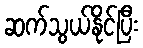
ဆက်သွယ်နိုင်ပြီး